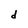
Character: d